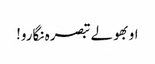
او بھولے تبصرہ نگارو!